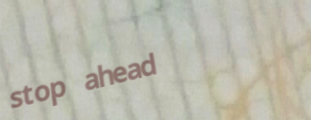
stop ahead